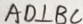
A D \bot B C